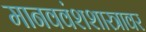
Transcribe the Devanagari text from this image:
मानववंशशास्त्रावर